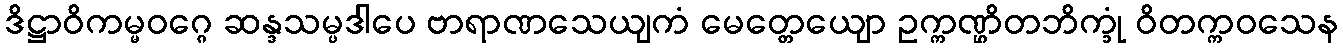
ဒိဋ္ဌာဝိကမ္မဝဂ္ဂေ ဆန္ဒသမ္ပဒါပေ ဗာရာဏသေယျကံ မေတ္တေယျော ဥက္ကဏ္ဌိတဘိက္ခုံ ဝိတက္ကဝသေန